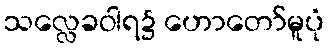
သလ္လေခဝါရ၌ ဟောတော်မူပုံ